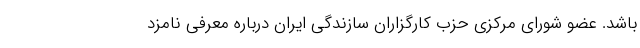
باشد. عضو شورای مرکزی حزب کارگزاران سازندگی ایران درباره معرفی نامزد